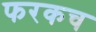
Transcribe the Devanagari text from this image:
फरकच